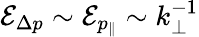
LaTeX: \mathcal{E}_{\Delta p}\sim\mathcal{E}_{p_{\| }}\sim k_{\perp}^{-1}